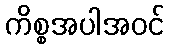
ကိစ္စအပါအဝင်